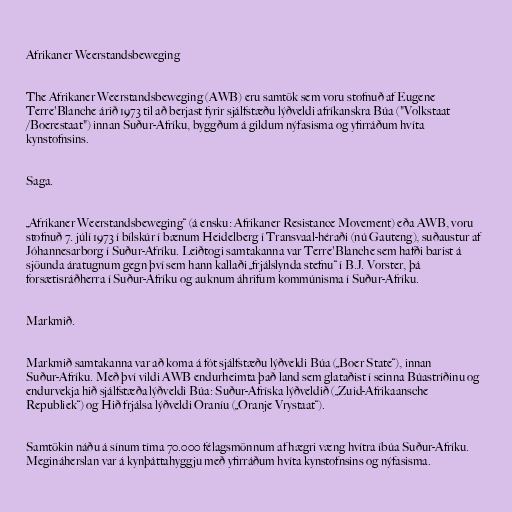
Afrikaner Weerstandsbeweging

The Afrikaner Weerstandsbeweging (AWB) eru samtök sem voru stofnuð af Eugene
Terre'Blanche árið 1973 til að berjast fyrir sjálfstæðu lýðveldi afríkanskra Búa ("Volkstaat
/Boerestaat") innan Suður-Afríku, byggðum á gildum nýfasisma og yfirráðum hvíta
kynstofnsins.

Saga.

„Afrikaner Weerstandsbeweging“ (á ensku: Afrikaner Resistance Movement) eða AWB, voru
stofnuð 7. júlí 1973 í bílskúr í bænum Heidelberg í Transvaal-héraði (nú Gauteng), suðaustur af
Jóhannesarborg í Suður-Afríku. Leiðtogi samtakanna var Terre'Blanche sem hafði barist á
sjöunda áratugnum gegn því sem hann kallaði „frjálslynda stefnu“ í B.J. Vorster, þá
forsætisráðherra í Suður-Afríku og auknum áhrifum kommúnisma í Suður-Afríku.

Markmið.

Markmið samtakanna var að koma á fót sjálfstæðu lýðveldi Búa („Boer State“), innan
Suður-Afríku. Með því vildi AWB endurheimta það land sem glataðist í seinna Búastríðinu og
endurvekja hið sjálfstæða lýðveldi Búa: Suður-Afríska lýðveldið („Zuid-Afrikaansche
Republiek“) og Hið frjálsa lýðveldi Oraníu („Oranje Vrystaat“).

Samtökin náðu á sínum tíma 70.000 félagsmönnum af hægri væng hvítra íbúa Suður-Afríku.
Megináherslan var á kynþáttahyggju með yfirráðum hvíta kynstofnsins og nýfasisma.